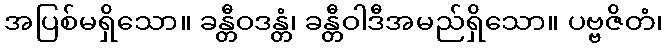
အပြစ်မရှိသော။ ခန္တီဝဒန္တံ၊ ခန္တီဝါဒီအမည်ရှိသော။ ပဗ္ဗဇိတံ၊